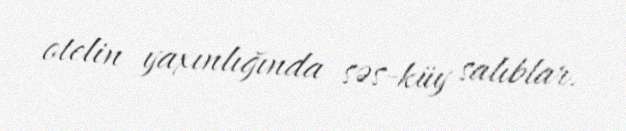
otelin yaxınlığında səs-küy salıblar.